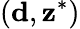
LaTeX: (\mathbf{d},\mathbf{z}^{*})